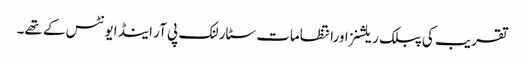
تقریب کی پبلک ریلشنزاورانتظامات سٹار لنک پی آر اینڈ ایونٹس کے تھے۔